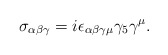
\begin{align*}\sigma_{\alpha \beta \gamma} = i \epsilon_{\alpha \beta \gamma \mu} \gamma_5 \gamma^\mu.\end{align*}